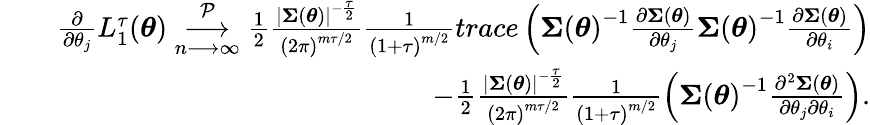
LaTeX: \begin{array}{rlr}&{}&{\frac{\partial}{\partial\theta_{j}}L_{1}^{\tau}(\boldsymbol{\theta})\underset{n\longrightarrow\infty}{\overset{\mathcal{P}}{\longrightarrow}}\frac{1}{2}\frac{\left\vert\boldsymbol{\Sigma}\left(\boldsymbol{\theta}\right)\right\vert^{-\frac{\tau}{2}}}{\left(2\pi\right)^{m\tau/2}}\frac{1}{\left(1+\tau\right)^{m/2}}trace\left(\boldsymbol{\Sigma}\left(\boldsymbol{\theta}\right)^{-1}\frac{\partial\boldsymbol{\Sigma}\left(\boldsymbol{\theta}\right)}{\partial\theta_{j}}\boldsymbol{\Sigma}\left(\boldsymbol{\theta}\right)^{-1}\frac{\partial\boldsymbol{\Sigma}\left(\boldsymbol{\theta}\right)}{\partial\theta_{i}}\right)}\\ &{}&{-\frac{1}{2}\frac{\left\vert\boldsymbol{\Sigma}\left(\boldsymbol{\theta}\right)\right\vert^{-\frac{\tau}{2}}}{\left(2\pi\right)^{m\tau/2}}\frac{1}{\left(1+\tau\right)^{m/2}}\left(\boldsymbol{\Sigma}\left(\boldsymbol{\theta}\right)^{-1}\frac{\partial^{2}\boldsymbol{\Sigma}\left(\boldsymbol{\theta}\right)}{\partial\theta_{j}\partial\theta_{i}}\right).}\end{array}